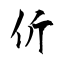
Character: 伒